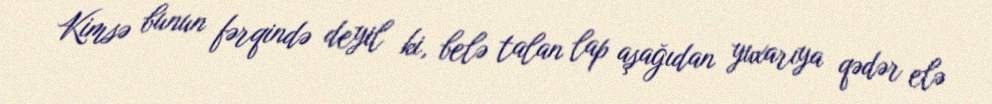
Kimsə bunun fərqində deyil ki, belə talan lap aşağıdan yuxarıya qədər elə